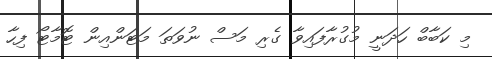
މި ކަބާބް ހަދަނީ މުގުރާފައިވާ ގެރި މަސް ނުވަތަ މަޓަންއިން ޓޮމާޓޯ ފިހާ